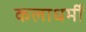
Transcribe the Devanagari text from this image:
कलाधर्मी